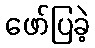
ဖော်ပြခဲ့